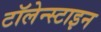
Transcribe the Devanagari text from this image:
टॉलेन्स्टाइन